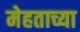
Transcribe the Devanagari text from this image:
मेहताच्या